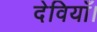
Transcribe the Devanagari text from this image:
देवियाँ।